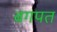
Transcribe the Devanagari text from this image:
बगपत